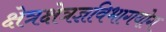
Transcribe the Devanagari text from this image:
क्षेत्रक्षेत्रज्ञविभागयोग